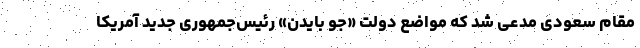
مقام سعودی مدعی شد که مواضع دولت «جو بایدن» رئیس‌جمهوری جدید آمریکا